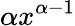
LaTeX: \alpha x^{\alpha-1}